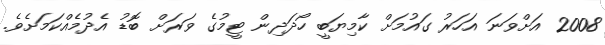
2008 އަށްވަނަ އަހަރު ގައުމަށް ކާމިޔަބީ ހޯދަދިން ޓީމުގެ ވަރަށް ބޮޑު އެދުމެއްކަމަށެވެ.